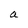
Character: a